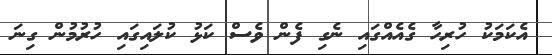
އެކަމަކު ހުރިހާ ގެއެއްގައި ނެގި ފެން ވެސް ކަޅު ކުލައިގައި ހުރުމުން ގިނަ